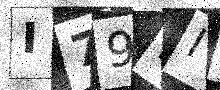
Text: I79PIC